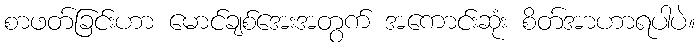
စာဖတ်ခြင်းဟာ မောင်ချစ်အေးအတွက် အကောင်းဆုံး စိတ်အာဟာရပါပဲ။